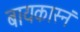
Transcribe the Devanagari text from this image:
बायकास्नं